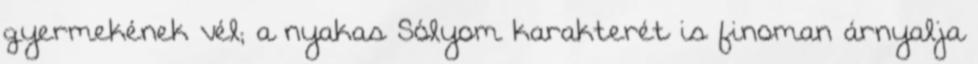
gyermekének vél; a nyakas Sólyom karakterét is finoman árnyalja